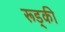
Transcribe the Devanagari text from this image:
रूड्की